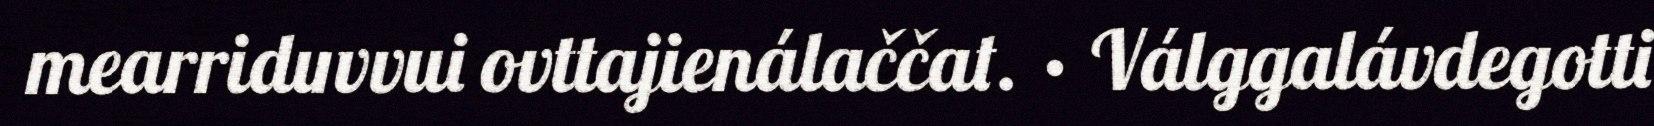
mearriduvvui ovttajienálaččat. · Válggalávdegotti